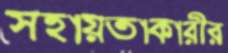
সহায়তাকারীর